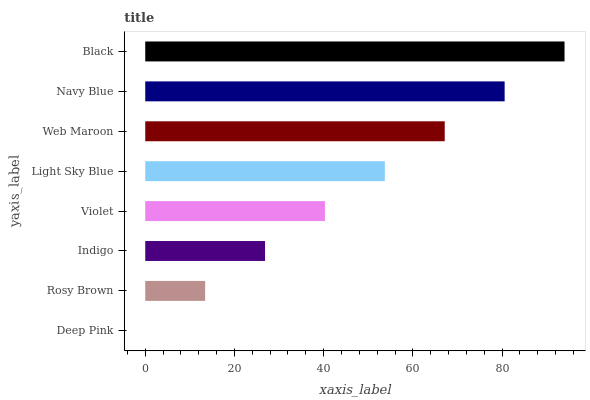
| yaxis_label | bars |
 | --- | --- |
 | Deep Pink | 0 |
 | Rosy Brown | 13.4 |
 | Indigo | 26.9 |
 | Violet | 40.3 |
 | Light Sky Blue | 53.7 |
 | Web Maroon | 67.1 |
 | Navy Blue | 80.6 |
 | Black | 94 |